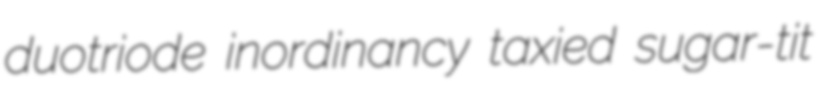
duotriode inordinancy taxied sugar-tit